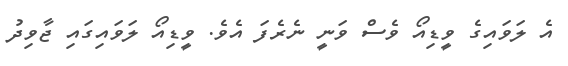
އެ ލަވައިގެ ވީޑިއޯ ވެސް ވަނީ ނެރެފަ އެވެ. ވީޑިއޯ ލަވައިގައި ޖާވިދު